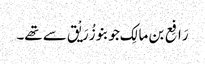
رَافِع بن مالِک جو بنو زُرَیْق سے تھے۔